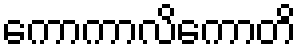
ကောကာလိကောတိ